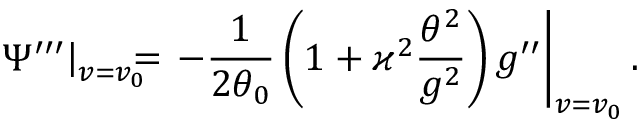
\left. \Psi ^ { \prime \prime \prime } \right\vert _ { v = v _ { 0 } } \! \! \! \! = \left. - \frac { 1 } { 2 \theta _ { 0 } } \left( 1 + \varkappa ^ { 2 } \frac { \theta ^ { 2 } } { g ^ { 2 } } \right) g ^ { \prime \prime } \right\vert _ { v = v _ { 0 } } .